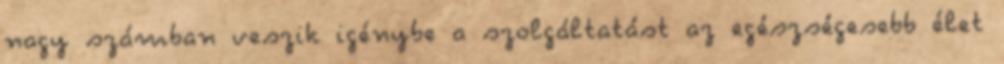
nagy számban veszik igénybe a szolgáltatást az egészségesebb élet